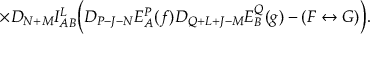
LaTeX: \times D _ { N + M } I _ { A B } ^ { L } \biggl ( D _ { P - J - N } E _ { A } ^ { P } ( f ) D _ { Q + L + J - M } E _ { B } ^ { Q } ( g ) - ( F \leftrightarrow G ) \biggr ) .